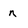
Character: n